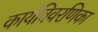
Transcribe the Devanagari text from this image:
कार्यविवरणिका